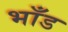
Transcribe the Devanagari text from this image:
भाँड